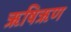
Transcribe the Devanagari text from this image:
ऋषिऋण